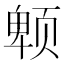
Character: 𱂮